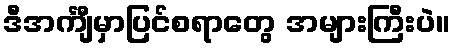
ဒီအင်္ကျီမှာပြင်စရာတွေ အများကြီးပဲ။